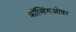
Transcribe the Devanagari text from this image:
क्रॉसिंगओवर